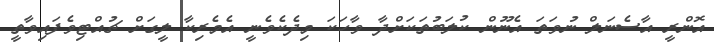
އޮންރީ އާސެނަލް ނުވަތަ އެނޫން ކުލަބުތަކަށްދާ ވާހަކަ މިދެކެވެނީ އެމެރިކާ ލީގަށް ޗުއްޓިވެފައިވާތީ